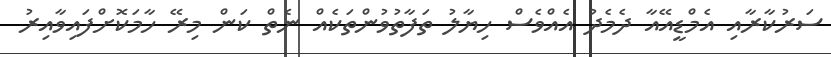
ސަރުކާރާއި އެމްޑީއޭއާ ދެމެދު އެއްވެސް ހިޔާލު ތަފާތުވުންތަކެއް ނެތް ކަން މިރޭ ހާމަކޮށްފައިވާއިރު